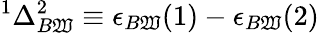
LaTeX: ^{1}\Delta_{B\mathfrak{W}}^{2}\equiv\epsilon_{B\mathfrak{W}}(1)-\epsilon_{B\mathfrak{W}}(2)